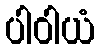
ပါဝါယံ